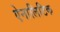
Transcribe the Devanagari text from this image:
ऐनालिटिक